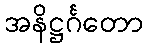
အနိဋ္ဌင်္ဂတော